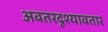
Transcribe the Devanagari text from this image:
अवतरदृश्यावतार